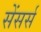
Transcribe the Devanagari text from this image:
सेंसर्स